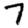
Digit: 7